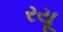
રયૂ